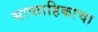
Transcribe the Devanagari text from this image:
साप्‍ताहिकाचा